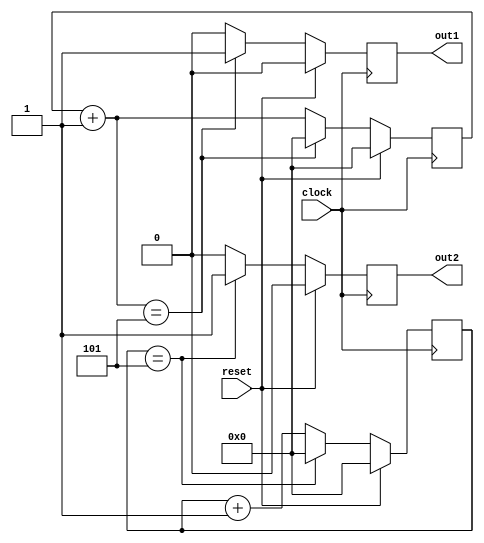
`timescale 1ns / 1ps
//////////////////////////////////////////////////////////////////////////////////
// Company: 
// Engineer: 
// 
// Design Name: 
// Module Name: counters_with_different_equality
// Project Name: 
// Target Devices: 
// Tool Versions: 
// Description: 
// 
// Dependencies: 
// 
// Revision:
// Revision 0.01 - File Created
// Additional Comments:
// 
//////////////////////////////////////////////////////////////////////////////////


module counters_with_different_equality(
    input clock,
    input reset,
    output reg out1,
    output reg out2
    );
   
initial begin    
    out1 = 0;
    out2 = 0;
end    
    
    reg [3:0] count1 = 0;
    reg [3:0] count2 = 0;
    
    always @(posedge clock)
        begin
        if(reset)
            begin
                count1 = 0;
                count2 <= 0;
                out1 = 0;
                out2 = 0;
            end
        else
            begin
            count1 = count1 + 1;            // increment now
            count2 <= count2 + 1;           // increment on the tick after processing loop
            
            if(count1 == 5)                 // checks incremented value
                begin
                    count1 = 0;             // never sees 5 - 0 1 2 3 4 0 1 2 3 4 0 
                    out1 = 1;
                end
            else
                out1 = 0;
            if(count2 == 5)                 // checks unincremented value
                begin
                    count2 <= 0;            // does see 5 - 0 1 2 3 4 5 0 1 2 3 4 5 0
                    out2 = 1;
                end
            else
                out2 = 0;
            end
        end
endmodule